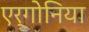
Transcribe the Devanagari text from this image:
एर्गोनिया